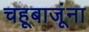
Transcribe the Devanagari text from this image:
चहूबाजूंना